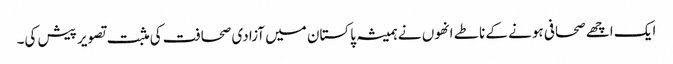
ایک اچھے صحافی ہونے کے ناطے انھوں نے ہمیشہ پاکستان میں آزادی صحافت کی مثبت تصویر پیش کی۔